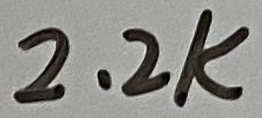
Text: 2.2K